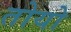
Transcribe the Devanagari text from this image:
तोयो